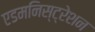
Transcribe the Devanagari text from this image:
एडमनिस्ट्रेशन